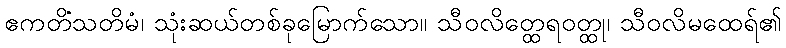
ဧကတိံသတိမံ၊ သုံးဆယ်တစ်ခုမြောက်သော။ သီဝလိတ္ထေရဝတ္ထု၊ သီဝလိမထေရ်၏